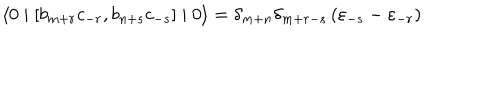
\langle 0 \mid \left[ b _ { m + r } c _ { - r } , b _ { n + s } c _ { - s } \right] \mid 0 \rangle = { \delta } _ { m + n } { \delta } _ { m + r - s } \left( { \varepsilon } _ { - s } - { \varepsilon } _ { - r } \right)